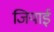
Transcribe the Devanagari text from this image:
जियाई